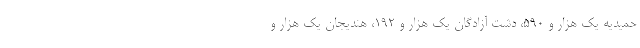
حمیدیه یک هزار و ۵۹۰، دشت آزادگان یک هزار و ۱۹۲، هندیجان یک هزار و